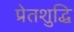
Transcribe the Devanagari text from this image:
प्रेतशुद्धि